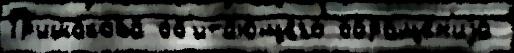
Гр'ишакова об'ита́ющего обраще́н'иjа